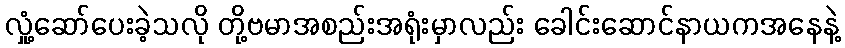
လှုံ့ဆော်ပေးခဲ့သလို တို့ဗမာအစည်းအရုံးမှာလည်း ခေါင်းဆောင်နာယကအနေနဲ့